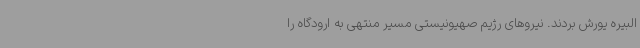
البیره یورش بردند. نیروهای رژیم صهیونیستی مسیر منتهی به ارودگاه را